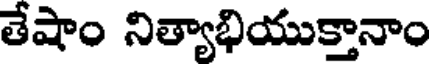
తేషాం నిత్యాభియుక్తానాం